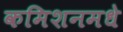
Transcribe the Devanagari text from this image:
कमिशनमधे